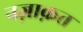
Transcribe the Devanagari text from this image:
नज़ाक़त